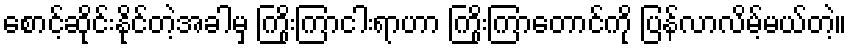
စောင့်ဆိုင်းနိုင်တဲ့အခါမှ ကြိုးကြာငါးရာဟာ ကြိုးကြာတောင်ကို ပြန်လာလိမ့်မယ်တဲ့။